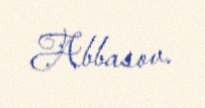
Abbasov.